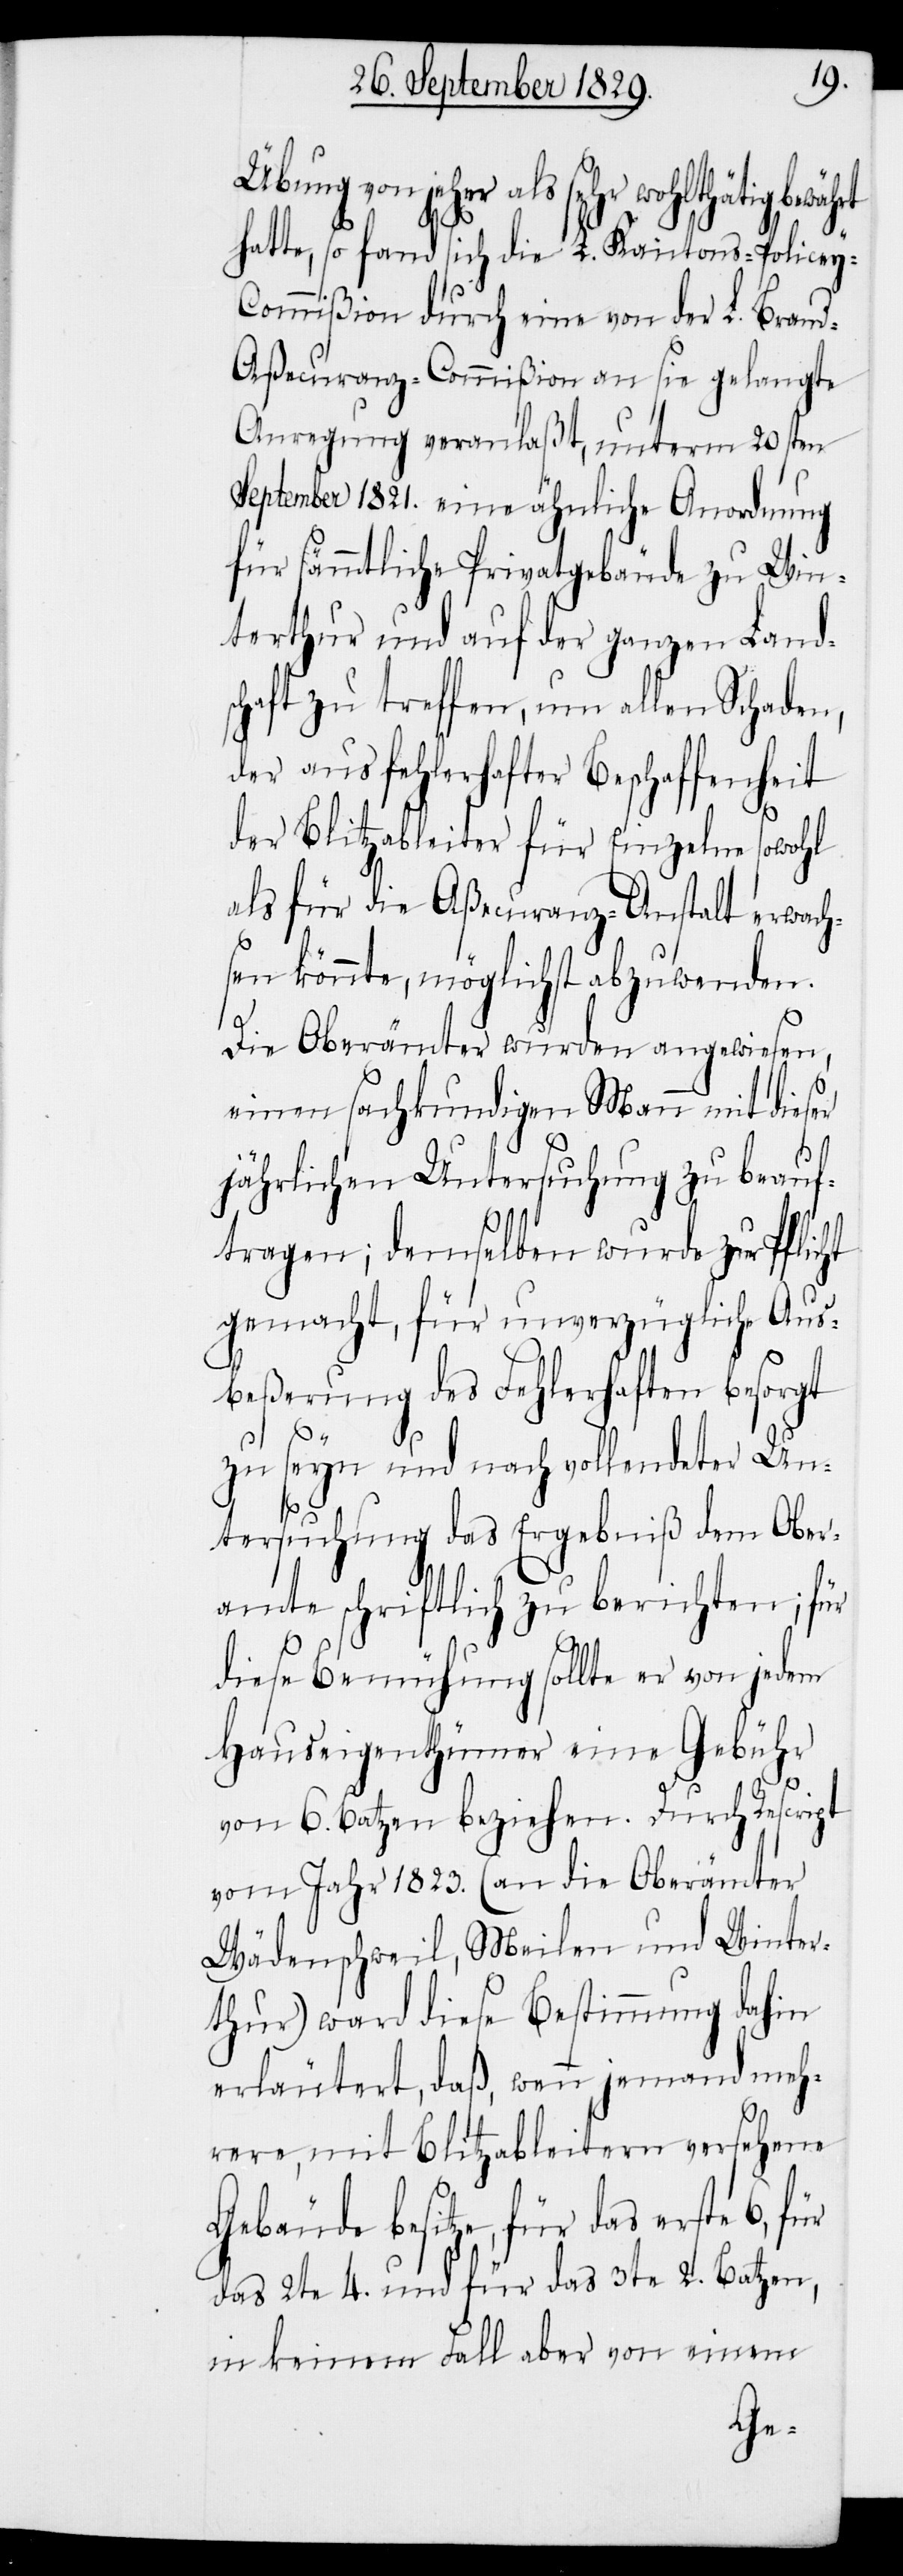
Übung von jeher als sehr wohlthätig
hatte, so fand sich die L. Kantons-Policey-C¬
ommißion durch eine von der L. Bran¬
d-Aßecuranz-Commißion an sie gelangte
Anregung veranlaßt, unterm 20sten
September 1821. eine ähnliche Anordnung
für sämmtliche Privatgebäude zu Win¬
terthur und auf der ganzen Land¬
schaft zu treffen, um allen Schaden,
der aus fehlerhafter Beschaffenheit
der Blitzableiter für Einzelne sowohl
als für die Aßecuranz-Anstalt erwach¬
sen könnte, möglichst abzuwenden.
Die Oberämter wurden angewiesen,
einen sachkundigen Mann mit dieser
jährlichen Untersuchung zu beauf¬
tragen; demselben wurde zur Pflic¬
gemacht, für unverzügliche Aus¬
beßerung des Fehlerhaften besorgt
ht
zu seyn und nach vollendeter Un¬
tersuchung das Ergebniß dem Ober¬
amte schriftlich zu berichten; für
diese Bemühung sollte er von jedem
Hauseigenthümer eine Gebühr
von 6. Batzen beziehen. Durch Rescript
vom Jahr 1823. (an die Oberämter
Wädenschweil, Meilen und Winter¬
thur) ward diese Bestimmung dahin
erläutert, daß, wenn jemand meh¬
rere, mit Blitzableitern versehene
Gebäude besitze, für das erste 6,
das 2te 4. und für das 3te 2. Batzen,
in keinem Fall aber von einem